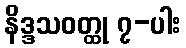
နိဒ္ဒသဝတ္ထု ၇-ပါး